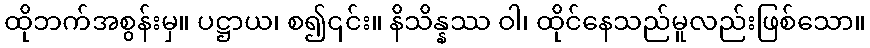
ထိုဘက်အစွန်းမှ။ ပဋ္ဌာယ၊ စ၍၎င်း။ နိသိန္နဿ ဝါ၊ ထိုင်နေသည်မူလည်းဖြစ်သော။